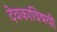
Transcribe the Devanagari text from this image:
देवकाविषयी